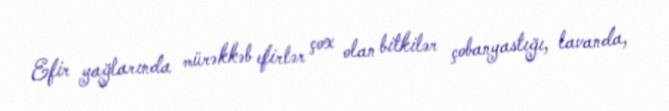
Efir yağlarında mürəkkəb efirlər çox olan bitkilər çobanyastığı, lavanda,